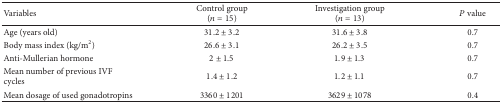
| Variables | Control group(n = 15) | Investigation group(n = 13) | P value |
 | --- | --- | --- | --- |
 | Age (years old) | 31.2 ± 3.2 | 31.6 ± 3.8 | 0.7 |
 | Body mass index (kg/m2) | 26.6 ± 3.1 | 26.2 ± 3.5 | 0.7 |
 | Anti-Mullerian hormone | 2 ± 1.5 | 1.9 ± 1.3 | 0.7 |
 | Mean number of previous IVF cycles | 1.4 ± 1.2 | 1.2 ± 1.1 | 0.7 |
 | Mean dosage of used gonadotropins | 3360 ± 1201 | 3629 ± 1078 | 0.4 |